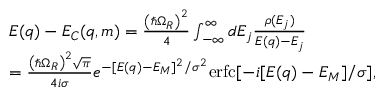
\begin{array} { r l } & { E ( q ) - E _ { C } ( q , m ) = \frac { \left( \hbar \Omega _ { R } \right) ^ { 2 } } { 4 } \int _ { - \infty } ^ { \infty } d E _ { j } \frac { \rho ( E _ { j } ) } { E ( q ) - E _ { j } } } \\ & { = \frac { \left( \hbar \Omega _ { R } \right) ^ { 2 } \sqrt { \pi } } { 4 i \sigma } e ^ { - [ E ( q ) - E _ { M } ] ^ { 2 } / \sigma ^ { 2 } } \mathrm { e r f c } [ - i [ E ( q ) - E _ { M } ] / \sigma ] , } \end{array}